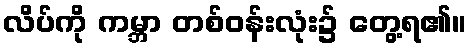
လိပ်ကို ကမ္ဘာ တစ်ဝန်းလုံး၌ တွေ့ရ၏။